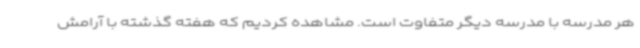
هر مدرسه با مدرسه دیگر متفاوت است. مشاهده کردیم که هفته گذشته با آرامش